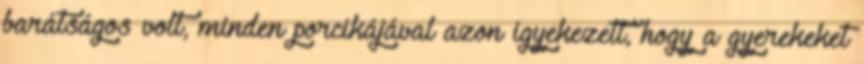
barátságos volt, minden porcikájával azon igyekezett, hogy a gyerekeket